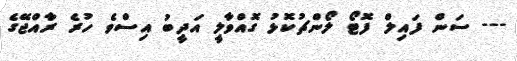
--- ސަން ފައިލް ފޮޓޯ ލޯންޗުކޮޅު ގޮއްވާލީ އަދީބު އިސްވެ ހުރެ ރާއްޖޭގެ